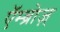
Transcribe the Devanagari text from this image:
एॅम्ब्रोज़्